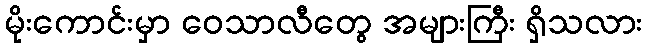
မိုးကောင်းမှာ ဝေသာလီတွေ အများကြီး ရှိသလား